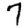
Digit: 7